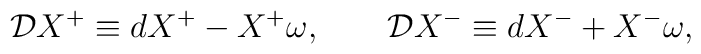
{\cal D} X^{+} \equiv dX^{+} -  X^{+} \omega , \qquad {\cal D} X^{-} \equiv dX^{-} + X^{-} \omega ,